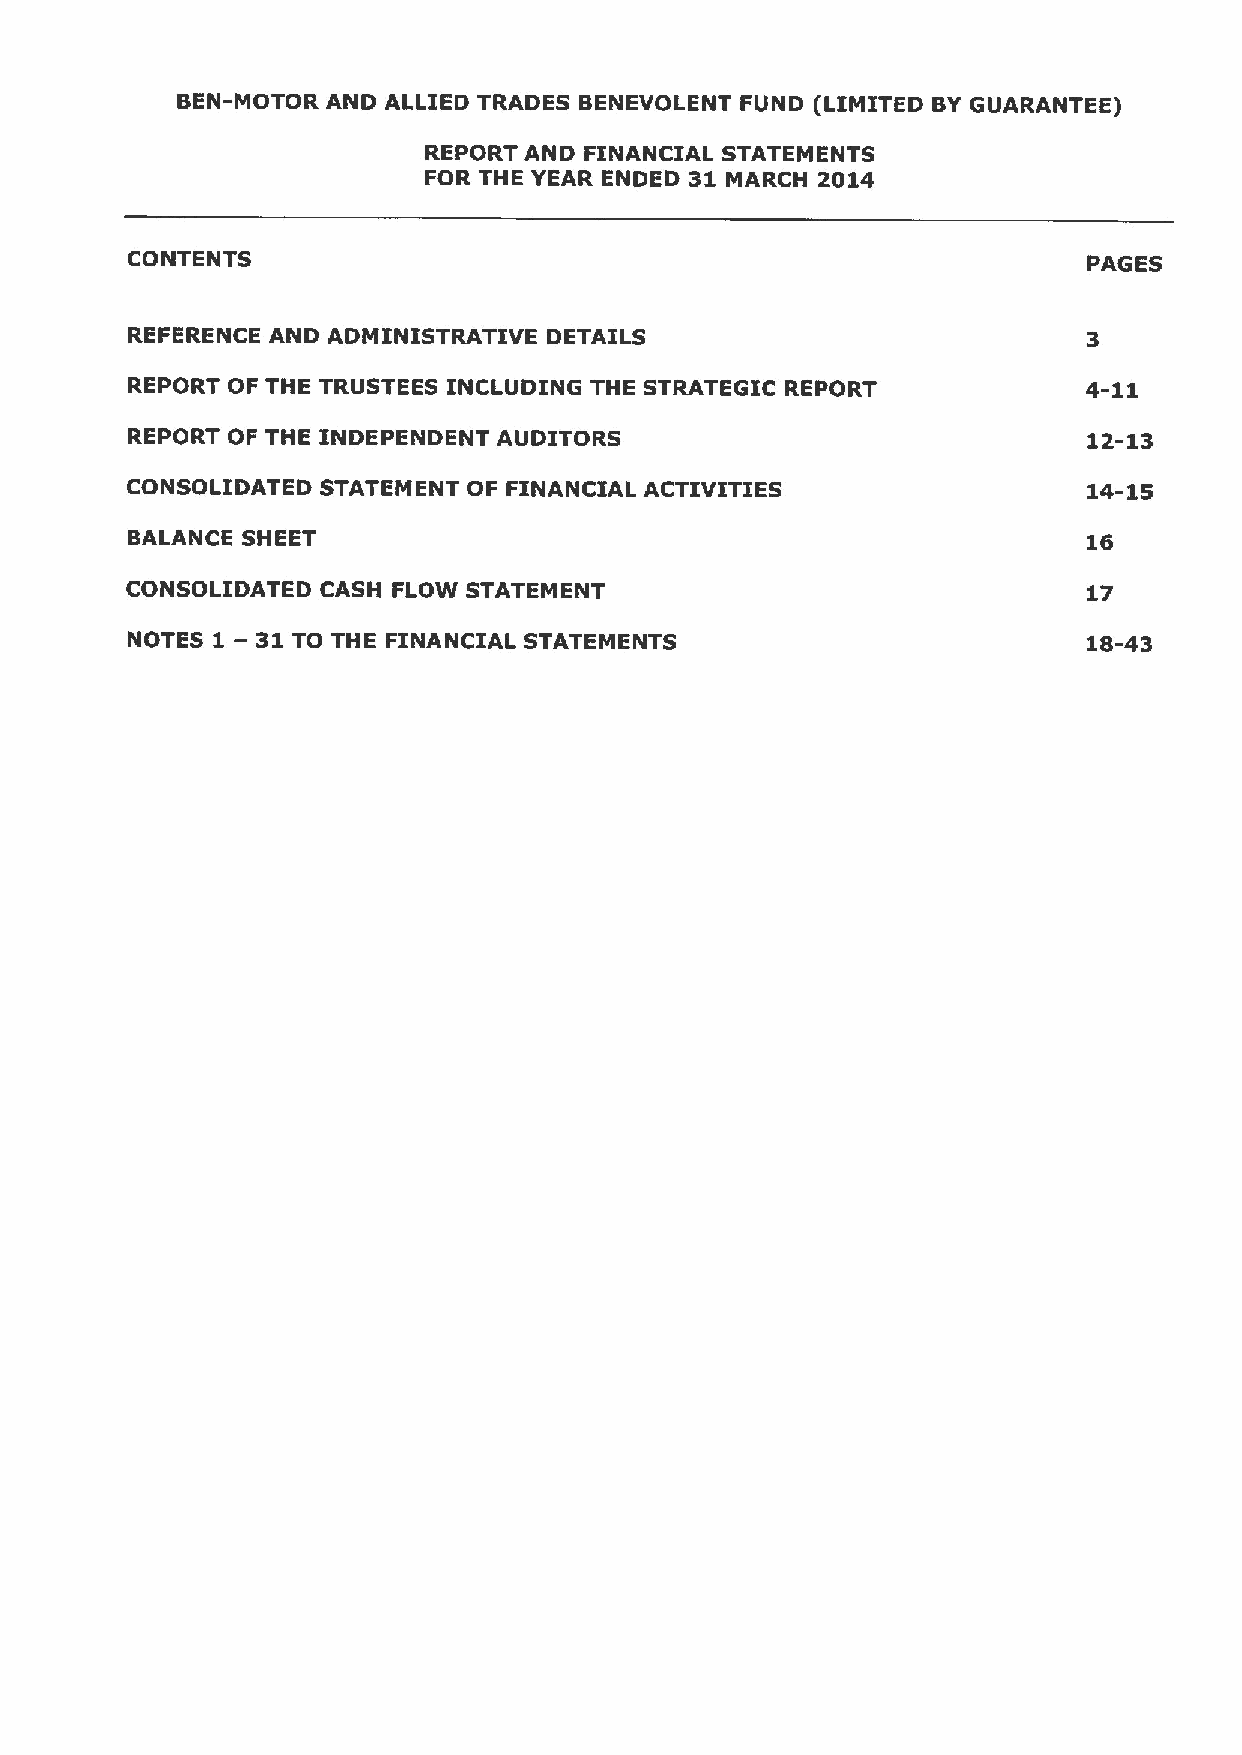
BEN-MOTOR AND ALLIED TRADES BENEVOLENT FUND (LIMITED BYGUARANTEE)
 REPORT AND FINANCIAL STATEMENTS
 FOR THE YEAR ENDED 31 MARCH 2014
 CONTENTS                                                        PAGES
 REFERENCE AND ADMINISTRATIVE DETAILS
 REPORT OF THE TRUSTEES INCLUDING THE STRATEGIC REPORT           4-11
 REPORT OF THE INDEPENDENT AUDITORS                              12-13
 CONSOLIDATED STATEMENT OF FINANCIAL ACTIVITIES                  14-15
 BALANCE SHEET                                                   16
 CONSOLIDATED CASH FLOW STATEMENT                                17
 NOTES 1 —31TO THE FINANCIAL STATEMENTS                          18-43